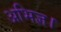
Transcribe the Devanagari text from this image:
अभिज्ञ।